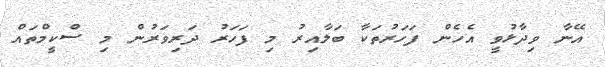
އޭނާ ވިދާޅުވީ އެހެން ފަހަރުތަކާ ބަލާއިރު މި ފަހަރު ދަރިވަރުން މި ސްކީމްތައް